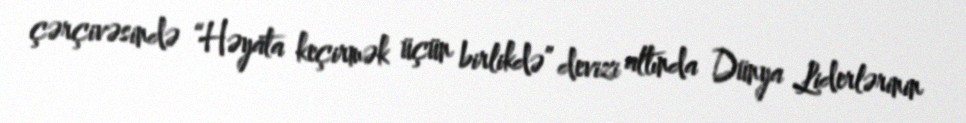
çərçivəsində “Həyata keçirmək üçün birlikdə” devizi altında Dünya Liderlərinin